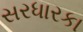
સરધારકા